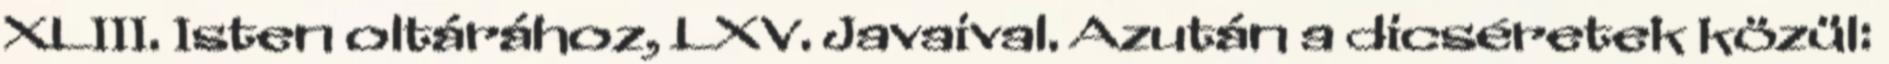
XLIII. Isten oltárához, LXV. Javaival. Azután a dicséretek közül: